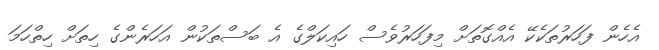
އެހެން ފަހަރުތަކެކޭ އެއްގޮތަށް މިފަހަރުވެސް ހައިކަލްގެ އެ ބަސްތަކުން އަހަރެންގެ ހިތަށް ހިތްހަމަ